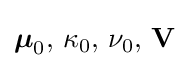
{\boldsymbol {\mu }}_{0},\,\kappa _{0},\,\nu _{0},\,\mathbf {V}